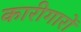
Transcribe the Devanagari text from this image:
कारीगारों